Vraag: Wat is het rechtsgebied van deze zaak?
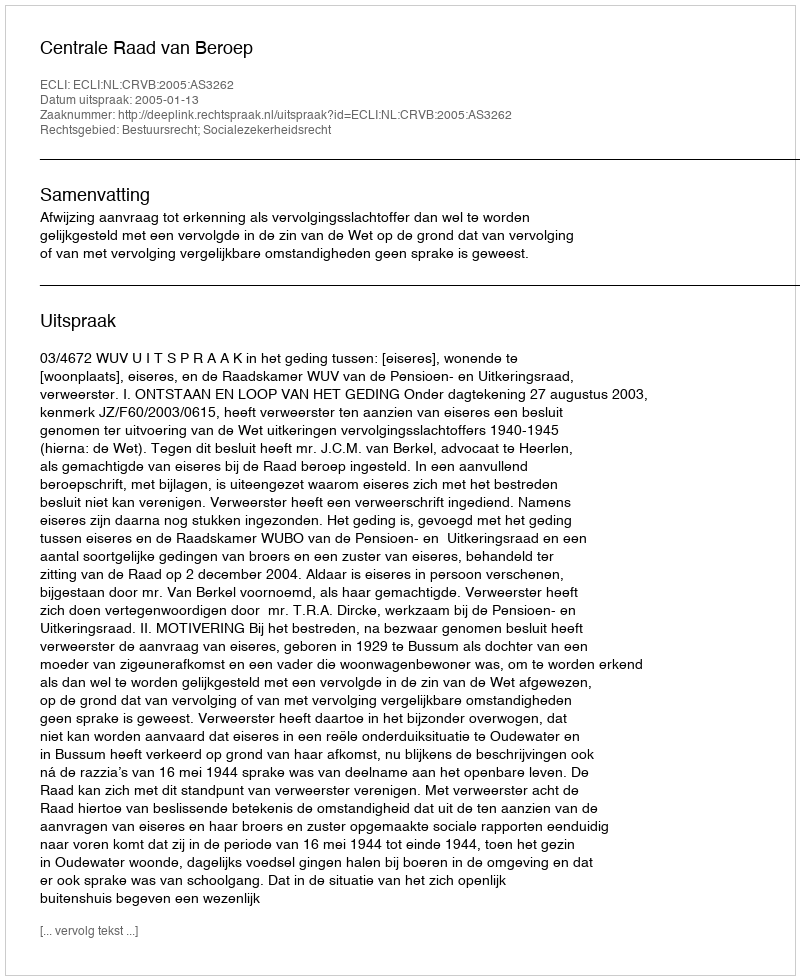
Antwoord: Bestuursrecht; Socialezekerheidsrecht